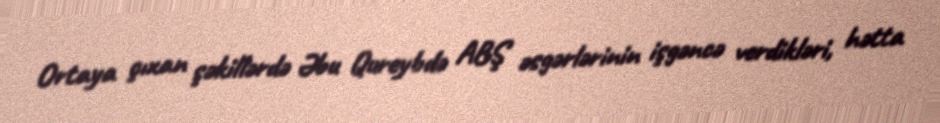
Ortaya çıxan şəkillərdə Əbu Qureybdə ABŞ əsgərlərinin işgəncə verdikləri, hətta